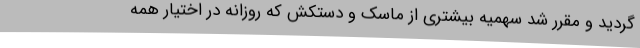
گردید و مقرر شد سهمیه بیشتری از ماسک و دستکش که روزانه در اختیار همه